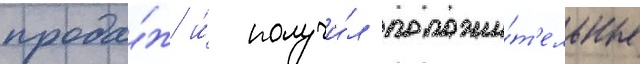
прода́ж и́ получи́л положи́т'ельные